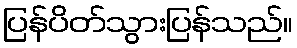
ပြန်ပိတ်သွားပြန်သည်။